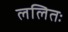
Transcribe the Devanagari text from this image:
ललितः